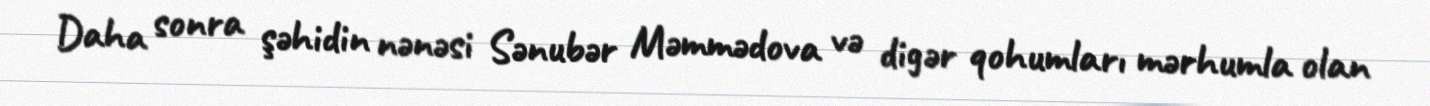
Daha sonra şəhidin nənəsi Sənubər Məmmədova və digər qohumları mərhumla olan